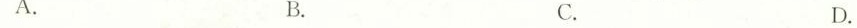
A. B. C. D.